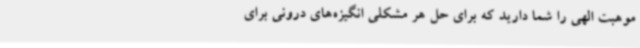
موهبت الهی را شما دارید که برای حل هر مشکلی انگیزه‌های درونی برای